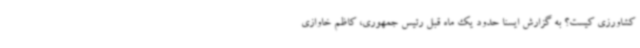
کشاورزی کیست؟ به گزارش ایسنا حدود یک ماه قبل رئیس جمهوری، کاظم خاوازی